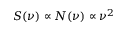
S ( \nu ) \propto N ( \nu ) \propto \nu ^ { 2 }